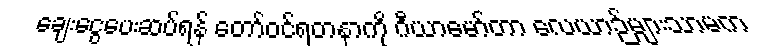
ချေးငွေပေးဆပ်ရန် တော်ဝင်ရတနာကို ဂီယာမော်တာ လေယာဉ်များသာမက